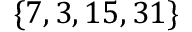
\{ 7 , 3 , 1 5 , 3 1 \}